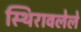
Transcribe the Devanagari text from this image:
स्थिरावलेले